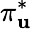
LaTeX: \pi_{\mathbf{u}}^{*}